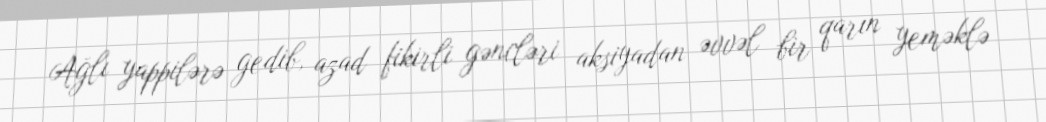
Ağlı yappilərə gedib, azad fikirli gəncləri aksiyadan əvvəl bir qarın yeməklə